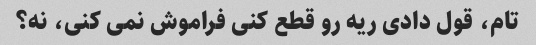
تام، قول دادی ریه رو قطع کنی فراموش نمی کنی، نه؟